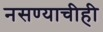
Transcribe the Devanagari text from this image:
नसण्याचीही